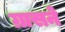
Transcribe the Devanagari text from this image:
ग्रासने